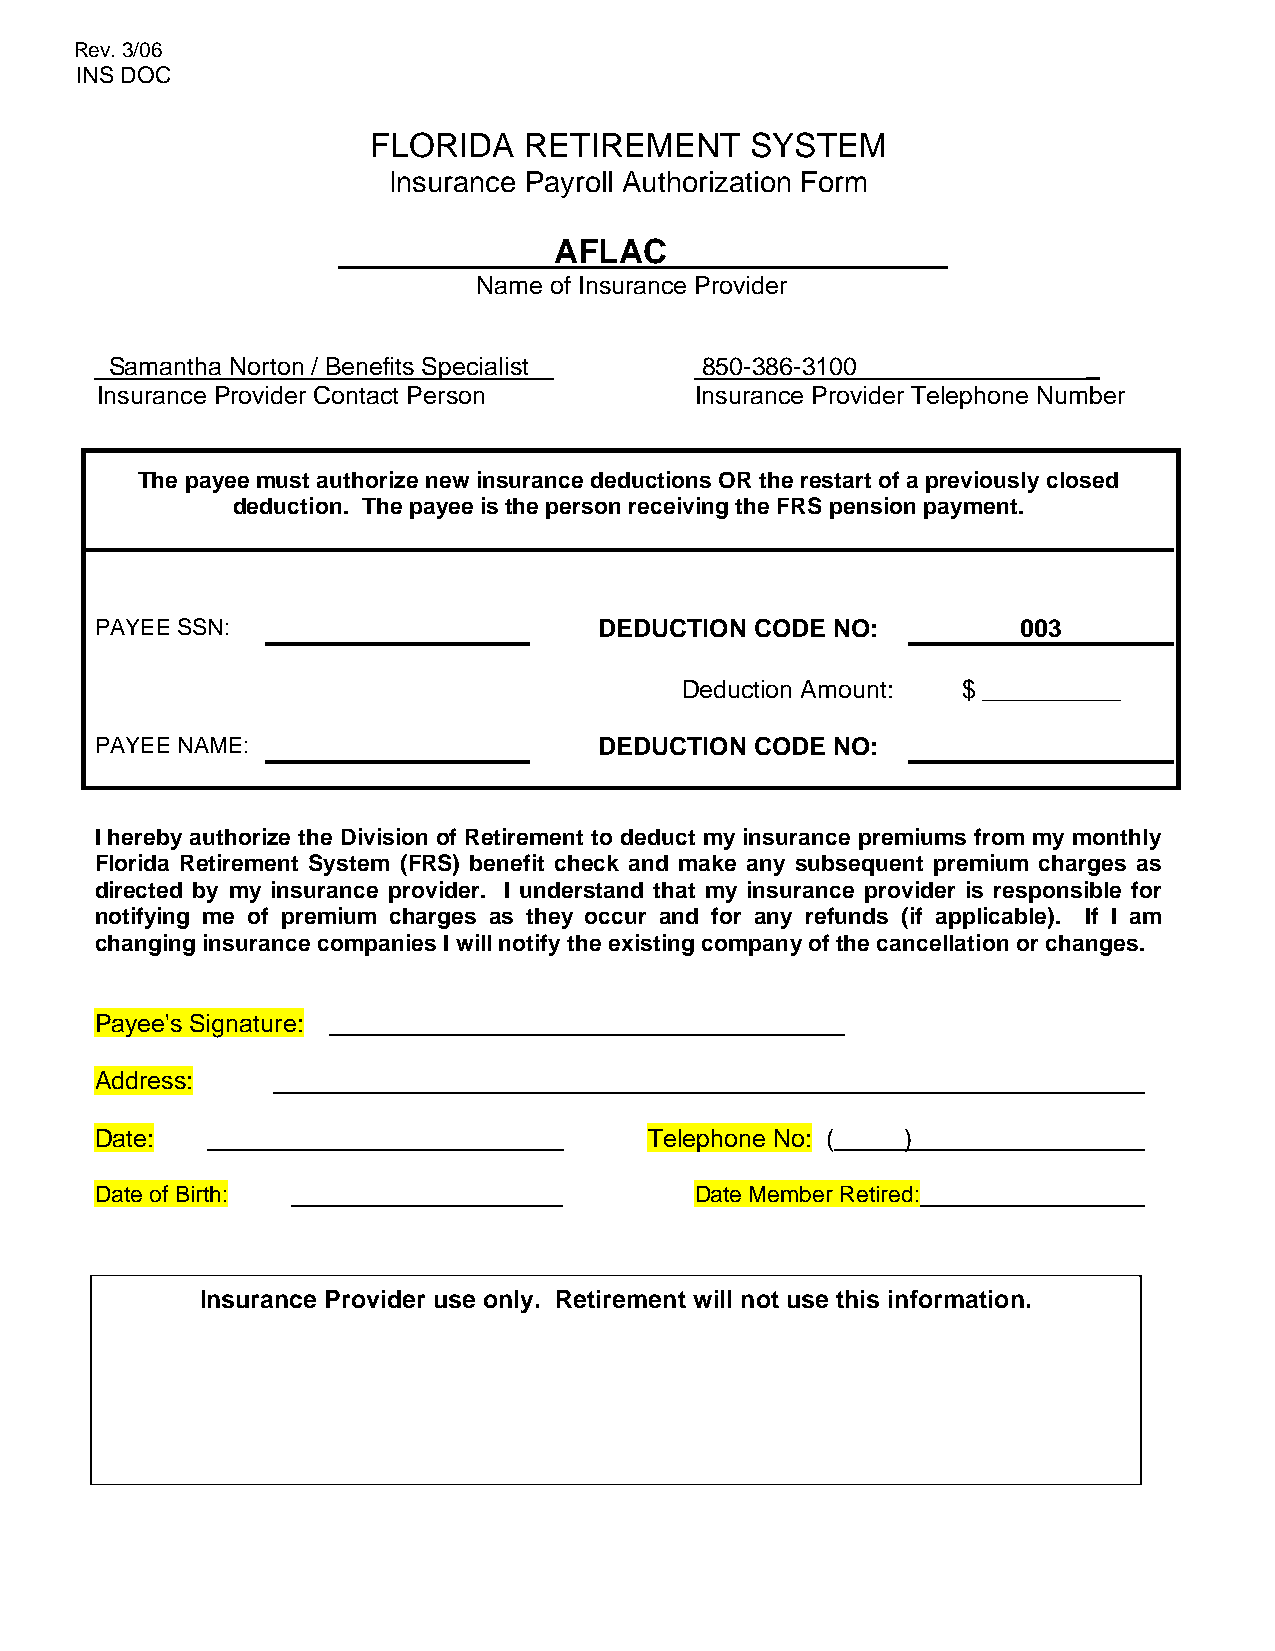
Rev. 3/06
 INS DOC
 FLORIDA   RETIREMENT     SYSTEM
 Insurance Payroll Authorization Form
 AFLAC
 Name of Insurance Provider
 Samantha Norton / Benefits Specialist  850-386-3100              _
 Insurance Provider Contact Person       Insurance Provider Telephone Number
 The payee must authorize new insurance deductions OR the restart of a previously closed
 deduction. The payee is the person receiving the FRS pension payment.
 PAYEE SSN:                        DEDUCTION CODE NO:          003
 Deduction Amount:  $ __________
 PAYEE NAME:                       DEDUCTION CODE NO:
 I hereby authorize the Division of Retirement to deduct my insurance premiums from my monthly
 Florida Retirement System (FRS) benefit check and make any subsequent premium charges as
 directed by my insurance provider. I understand that my insurance provider is responsible for
 notifying me of premium charges as they occur and for any refunds (if applicable). If I am
 changing insurance companies I will notify the existing company of the cancellation or changes.
 Payee's Signature:
 Address:
 Date:                                Telephone No: (  )
 Date of Birth:                          Date Member Retired:
 Insurance Provider use only. Retirement will not use this information.